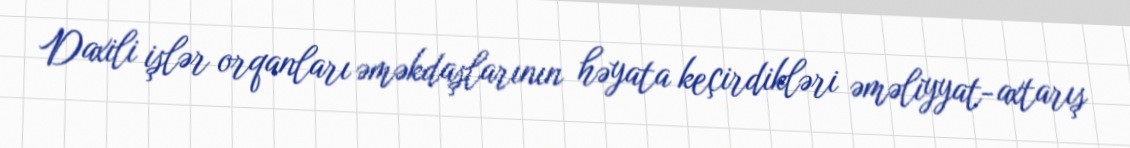
Daxili işlər orqanları əməkdaşlarının həyata keçirdikləri əməliyyat-axtarış